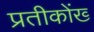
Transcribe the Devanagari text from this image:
प्रतीकोंख्‍